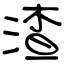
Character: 渣